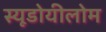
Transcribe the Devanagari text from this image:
स्यूडोयीलोम